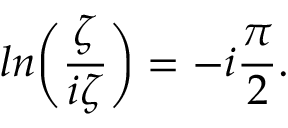
l n \biggl ( { \frac { \zeta } { i \zeta } } \biggr ) = - i { \frac { \pi } { 2 } } .